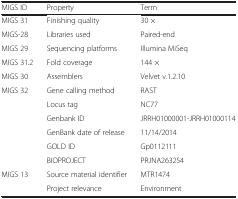
<table><thead><tr><td><b>MIGS ID</b></td><td><b>Property</b></td><td><b>Term</b></td></tr></thead><tbody><tr><td>MIGS 31</td><td>Finishing quality</td><td>30 ×</td></tr><tr><td>MIGS-28</td><td>Libraries used</td><td>Paired-end</td></tr><tr><td>MIGS 29</td><td>Sequencing platforms</td><td>Illumina MiSeq</td></tr><tr><td>MIGS 31.2</td><td>Fold coverage</td><td>144 ×</td></tr><tr><td>MIGS 30</td><td>Assemblers</td><td>Velvet v.1.2.10</td></tr><tr><td>MIGS 32</td><td>Gene calling method</td><td>RAST</td></tr><tr><td></td><td>Locus tag</td><td>NC77</td></tr><tr><td></td><td>Genbank ID</td><td>JRRH01000001-JRRH01000114</td></tr><tr><td></td><td>GenBank date of release</td><td>11/14/2014</td></tr><tr><td></td><td>GOLD ID</td><td>Gp0112111</td></tr><tr><td></td><td>BIOPROJECT</td><td>PRJNA263254</td></tr><tr><td>MIGS 13</td><td>Source material identifier</td><td>MTR1474</td></tr><tr><td></td><td>Project relevance</td><td>Environment</td></tr></tbody></table>